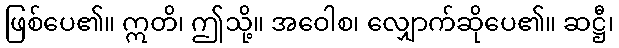
ဖြစ်ပေ၏။ ဣတိ၊ ဤသို့။ အဝေါစ၊ လျှောက်ဆိုပေ၏။ ဆဋ္ဌီ၊